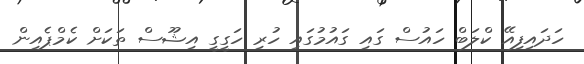
ހަދައިފިއޭ ކްލަބް ހައުސް ގައި ގައުމުގައި ހުރި ހަގީގީ އިޝޫސް ތަކަށް ކެމްޕެއިން